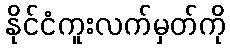
နိုင်ငံကူးလက်မှတ်ကို